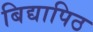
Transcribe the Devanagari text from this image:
बिद्यापिठ